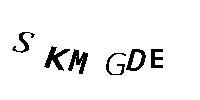
SKMGDE